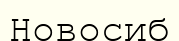
Новосиб